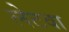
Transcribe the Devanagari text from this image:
लेटवा